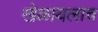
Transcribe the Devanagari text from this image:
खेळायलाच